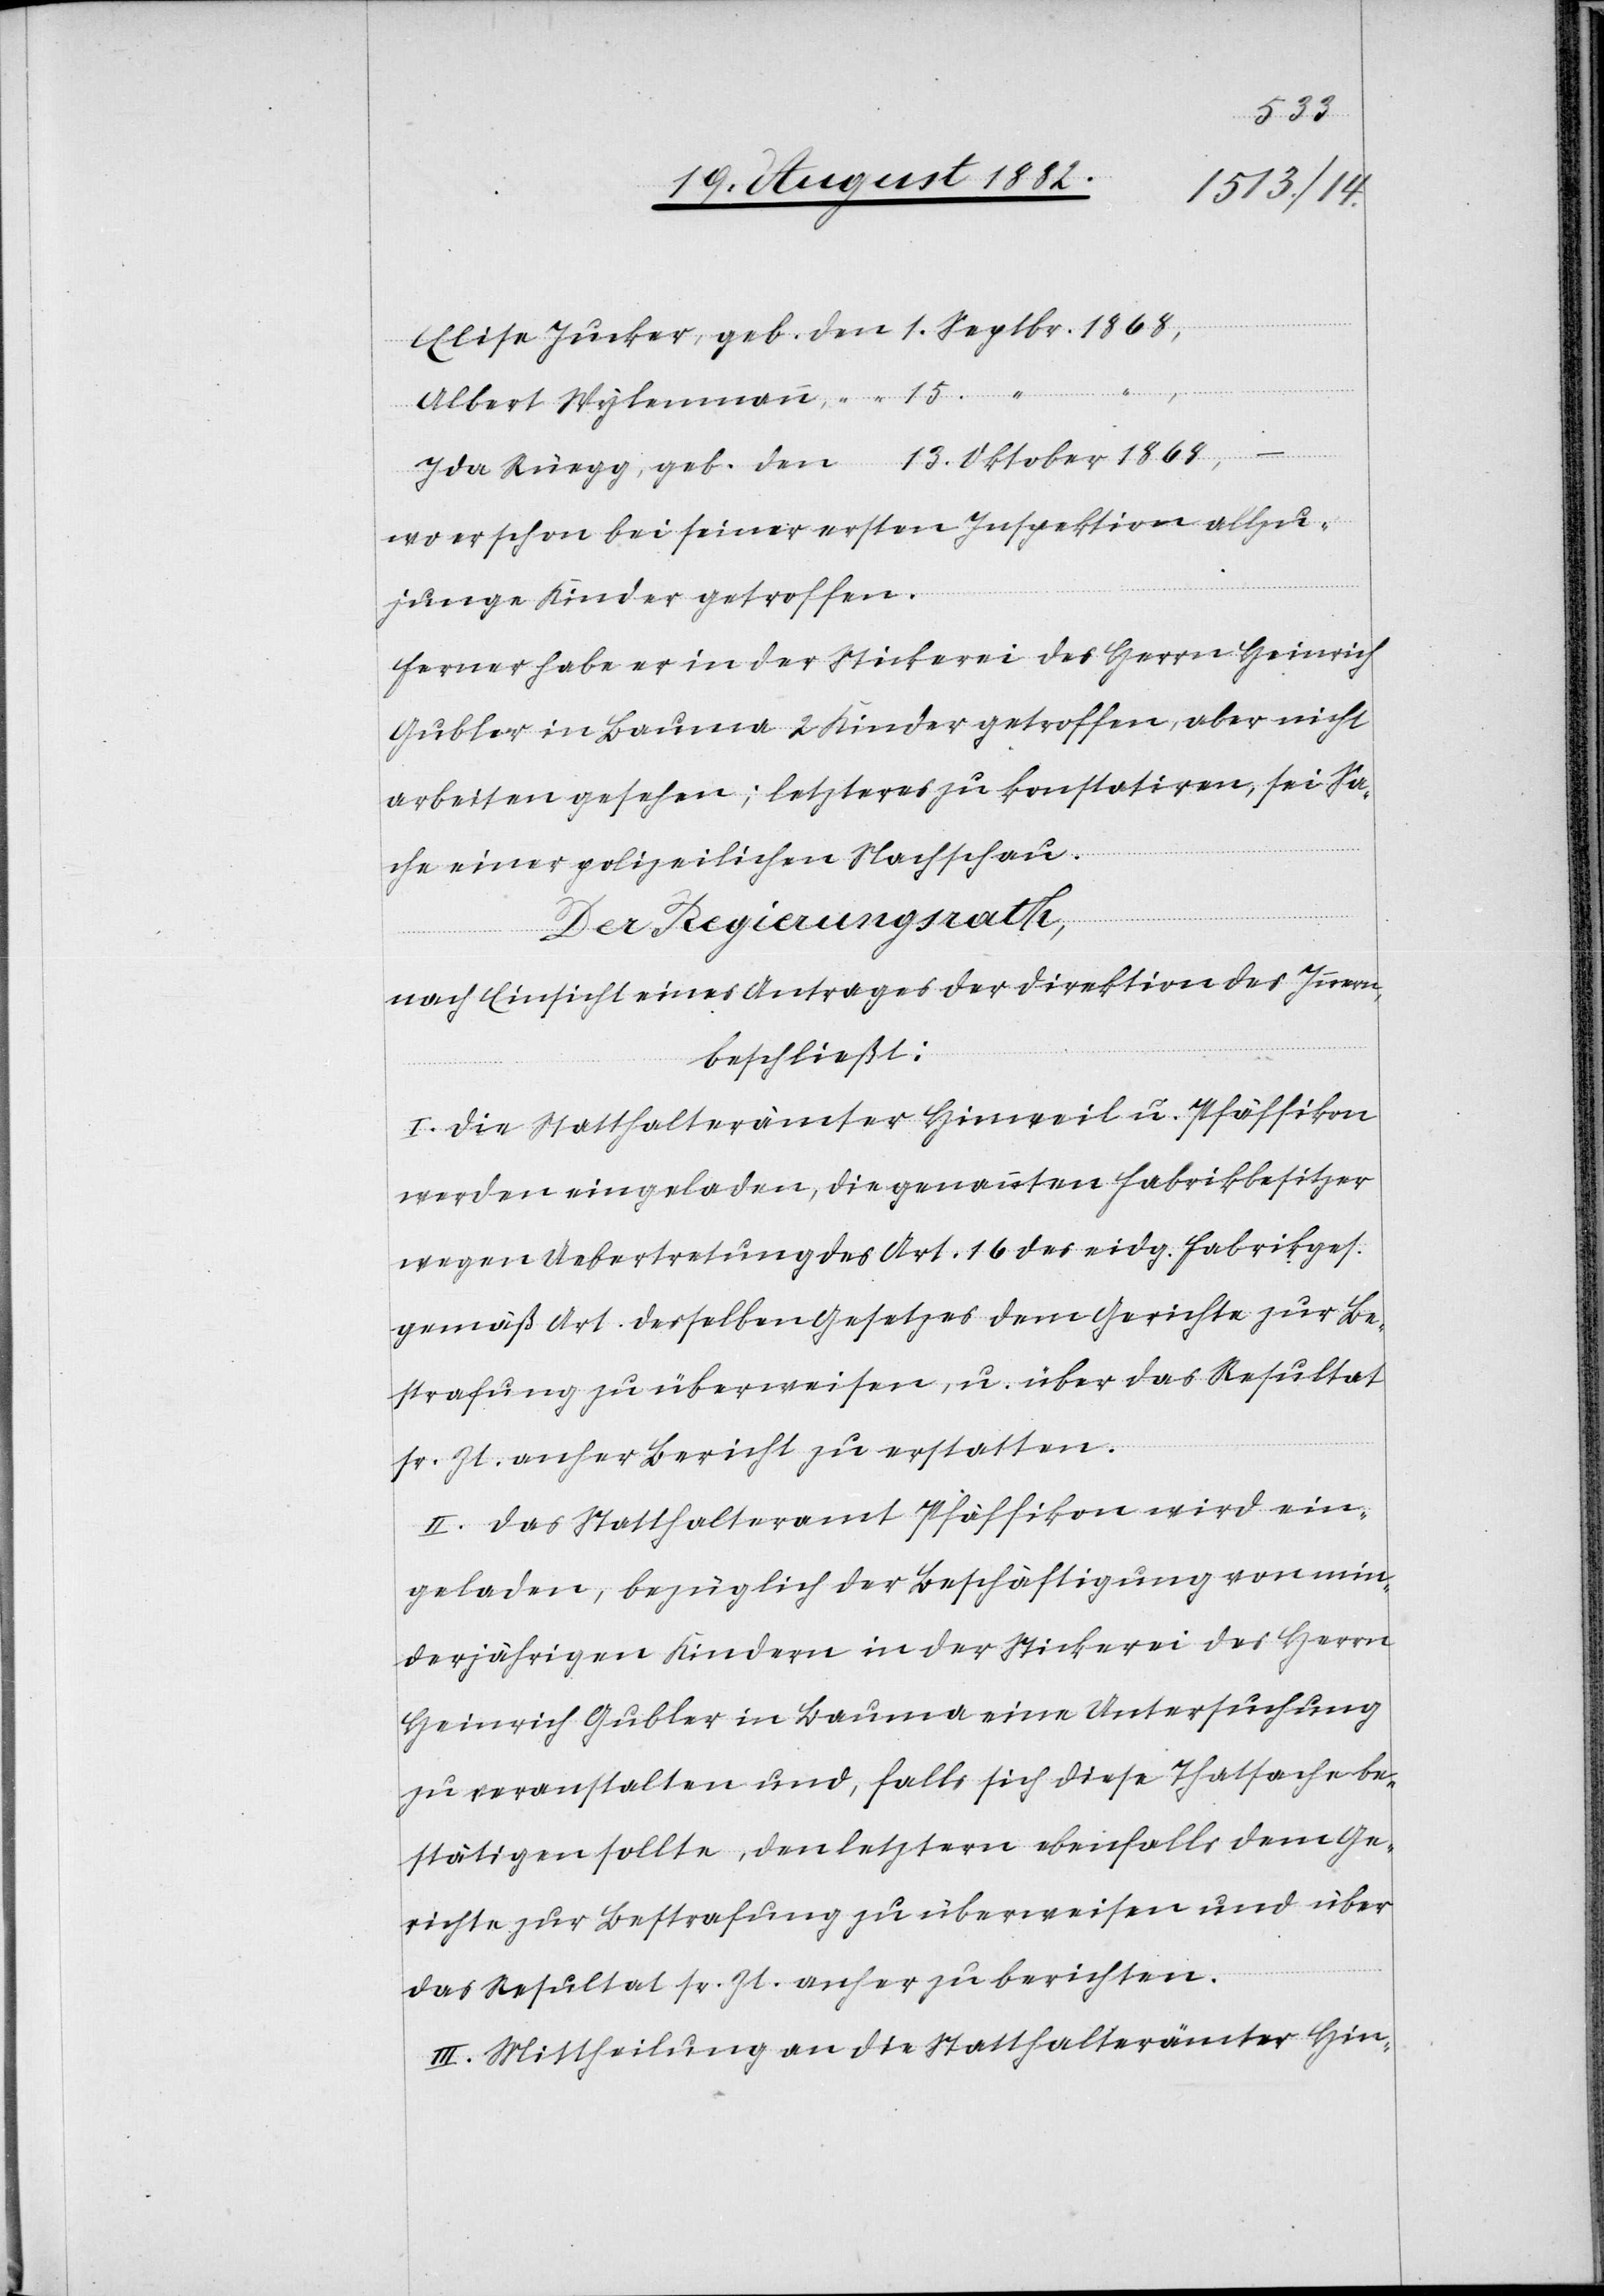
Oktober
wo er schon bei seiner ersten Inspektion allzu¬
13.
junge Kinder getroffen.
Ferner habe er in der Stickerei des Herrn Heinrich
Gubler in Bauma 2 Kinder getroffen, aber nicht
arbeiten gesehen; letzteres zu konstatiren, sei Sa¬
che einer polizeilichen Nachschau.
etzes
Der Regierungsrath,
nach Einsicht eines Antrages der Direktion des Innern;
beschließt:
I. Die Statthalterämter Hinweil u. Pfäffikon
werden eingeladen, die genannten Fabrikbesitzer
wegen Uebertretung des Art. 16 des eidg. Fabrikges¬
gemäß Art. … desselben Gesetzes dem Gericht zur Be¬
strafung zu überweisen, u. über das Resultat
sr. Zt. anher Bericht zu erstatten.
II. Das Statthalteramt Pfäffikon wird ein¬
geladen, bezüglich der Beschäftigung von min¬
derjährigen Kindern in der Stickerei des Herrn
Heinrich Gubler in Bauma eine Untersuchung
zu veranstalten und, falls sich diese Thatsache be¬
stätigen sollte, den letztern ebenfalls dem Ge¬
richte zur Bestrafung zu überweisen und über
das Resultat sr. Zt anher zu berichten.
III. Mittheilung an die Statthalterämter Hin-